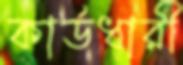
কার্ডধারী